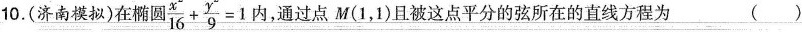
10.(济南模拟)在椭圆 $$\frac{x}{16}+ \frac{y}{9}=1$$ 内，通过点M(1，1)且被这点平分的弦所在的直线方程为 ( )